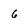
Character: 6